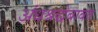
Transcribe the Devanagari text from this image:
अंधश्रद्धेबाबत